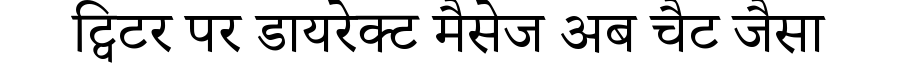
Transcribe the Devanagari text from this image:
ट्विटर पर डायरेक्ट मैसेज अब चैट जैसा